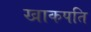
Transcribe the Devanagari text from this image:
खाकपति